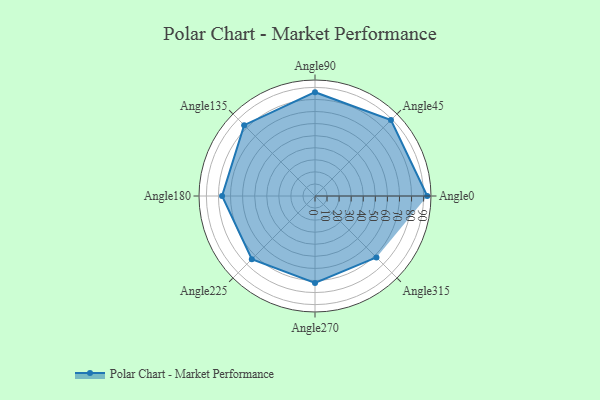
{"axis": {"x": "Angle", "y": "Radius"}, "legend": [""], "data": [{"x": "Angle0", "y": 93.0, "type": ""}, {"x": "Angle45", "y": 89.0, "type": ""}, {"x": "Angle90", "y": 86.0, "type": ""}, {"x": "Angle135", "y": 83.0, "type": ""}, {"x": "Angle180", "y": 77.0, "type": ""}, {"x": "Angle225", "y": 74.0, "type": ""}, {"x": "Angle270", "y": 72.0, "type": ""}, {"x": "Angle315", "y": 72.0, "type": ""}]}